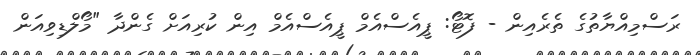
ރަސްމިއްޔާތުގެ ތެރެއިން - ފޮޓޯ: ޕީއެސްއެމް ޕީއެސްއެމް އިން ކުރިއަށް ގެންދާ "މޯލްޑިވިއަން